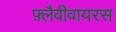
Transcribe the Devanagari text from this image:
फ़्लैवीवायरस